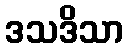
ဒသဒိသာ